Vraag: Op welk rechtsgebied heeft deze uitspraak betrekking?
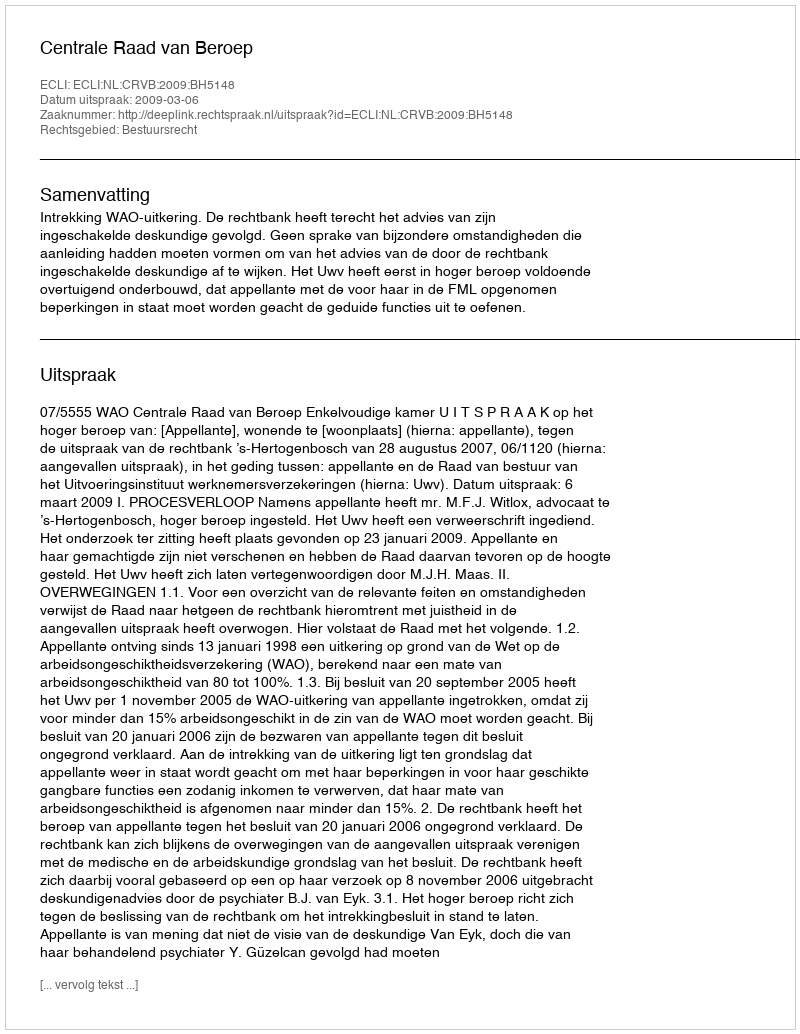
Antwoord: Bestuursrecht